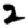
Digit: 2